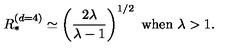
R _ { * } ^ { ( d = 4 ) } \simeq \left( \frac { 2 \lambda } { \lambda - 1 } \right) ^ { 1 / 2 } \ \mathrm { w h e n } \ \lambda > 1 .